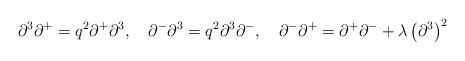
LaTeX: \begin{align*}\partial ^{3}\partial ^{+}=q^{2}\partial ^{+}\partial ^{3},\quad \partial^{-}\partial ^{3}=q^{2}\partial ^{3}\partial ^{-},\quad \partial^{-}\partial ^{+}=\partial ^{+}\partial ^{-}+\lambda \left( \partial^{3}\right) ^{2}\end{align*}